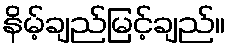
နိမ့်ချည်မြင့်ချည်။